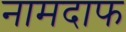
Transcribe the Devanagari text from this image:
नामदाफ